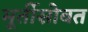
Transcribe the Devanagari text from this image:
मूर्तीसोबत